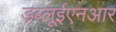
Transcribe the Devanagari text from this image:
डब्लूईएनआर